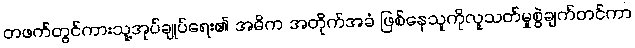
တဖက်တွင်ကားသူ့အုပ်ချုပ်ရေး၏ အဓိက အတိုက်အခံ ဖြစ်နေသူကိုလူသတ်မှုစွဲချက်တင်ကာ